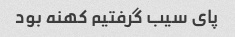
پای سیب گرفتیم کهنه بود